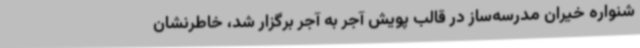
شنواره خیران مدرسه‌ساز در قالب پویش آجر به آجر برگزار شد، خاطرنشان